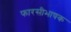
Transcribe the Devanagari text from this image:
फारसीभाषक